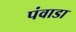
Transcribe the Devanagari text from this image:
पंवाडा